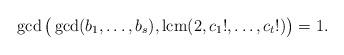
LaTeX: \begin{align*}\gcd\big(\gcd (b_1,\ldots,b_s), \mathrm{lcm}(2,c_1!,\ldots,c_t!)\big)=1.\end{align*}